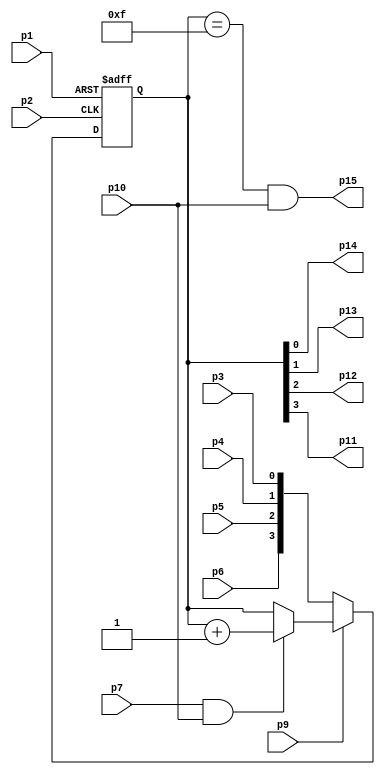
/////////////////////////////////////////
// 74HC161 - Presettable synchronous 4-bit binary counter; asynchronous reset
//
// Antonio Sanchez (@TheSonders)
////////////////////////////////////////

module HC161(
    input wire p3,p4,p5,p6,
	input wire p9,p10,p7,p2,p1,
    output wire p14,p13,p12,p11,
	output wire p15
);

reg [3:0] d=0;

assign p15=((d==4'hF)&(p10));
assign {p11,p12,p13,p14}=d;

always @(posedge p2 or negedge p1) begin
	if (~p1) d<=4'b0000;
	else begin
		if (~p9) d<={p6,p5,p4,p3};
		else begin
			if (p7 & p10) d<=d+4'b0001;
		end
	end
end

endmodule